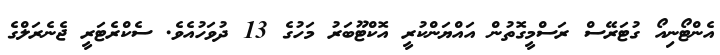
އެންޓޯނިއޯ ގުޓަރޭސް ރަސްމީގޮތުން އައްޔަންކުރީ އޮކްޓޫބަރު މަހުގެ 13 ދުވަހުއެވެ. ސެކްރެޓަރީ ޖެނެރަލްގެ